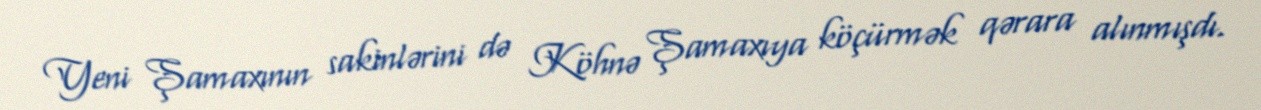
Yeni Şamaxının sakinlərini də Köhnə Şamaxıya köçürmək qərara alınmışdı.